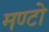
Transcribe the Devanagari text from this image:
मण्टो